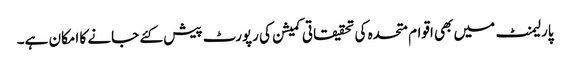
پارلیمنٹ میں بھی اقوام متحدہ کی تحقیقاتی کمیشن کی رپورٹ پیش کئے جانے کا امکان ہے۔